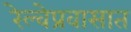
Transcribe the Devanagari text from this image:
रेल्वेप्रवासात